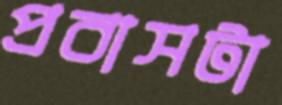
প্রবাসটা